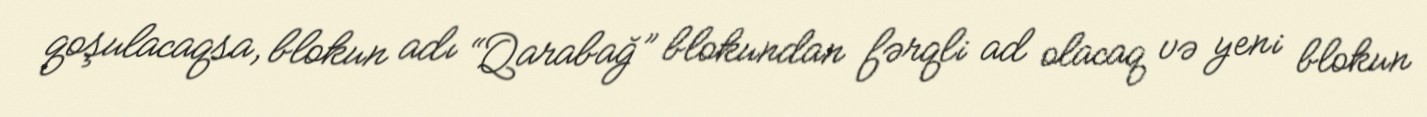
qoşulacaqsa, blokun adı “Qarabağ” blokundan fərqli ad olacaq və yeni blokun